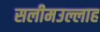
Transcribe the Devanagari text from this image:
सलीमउल्लाह